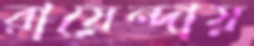
রায়েন্দায়